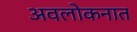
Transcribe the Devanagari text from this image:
अवलोकनात